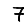
Digit: 7